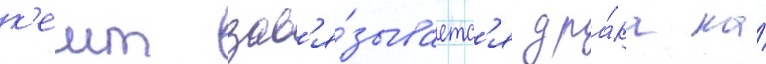
к'еит зав'я́зываетс'я дра́ка на́